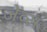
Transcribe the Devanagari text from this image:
जेब्स